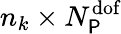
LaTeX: n_{k}\times N_{\P}^{\textrm{dof}}